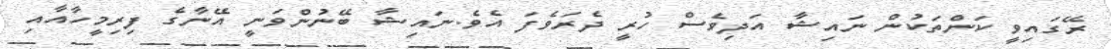
ރޭގައިވީ ކަންތަކުން ނައިޝާ އަދިވެސް ހުރީ ދެރަވެފަ އެވެ.ނައިޝާ ބޭނުންވަނީ އޭނާގެ ފިރިމީހާއާއި